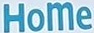
HoMe